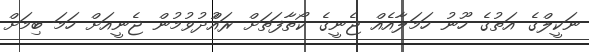
ނަކީލްގެ އަތުގެ ހޫނު ހަމަލާއެއް ޖެނީގެ ކޯތާފަތަށް ރައްުދުވުމުން ޖެނީއަށް ހަމަ ބިމަށް